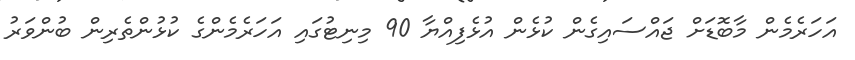
އަހަރެމެން މާބޮޑަށް ޖައްސައިގެން ކުޅެން އުޅެފިއްޔާ 90 މިިނިޓުގައި އަހަރެމެންގެ ކުޅުންތެރިން ބުންވަރު